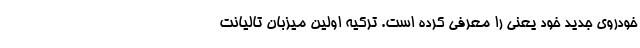
خودروی جدید خود یعنی را معرفی کرده است. ترکیه اولین میزبان تالیانت